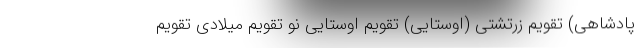
پادشاهی) تقویم زرتشتی (اوستایی) تقویم اوستایی نو تقویم میلادی تقویم